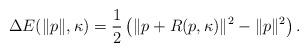
LaTeX: \begin{align*}\Delta E(\|p\|,\kappa)=\frac{1}{2}\left(\|p+R(p,\kappa)\|^2-\|p\|^2\right).\end{align*}